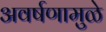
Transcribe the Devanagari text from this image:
अवर्षणामुळे